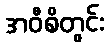
အဝီစိတွင်း